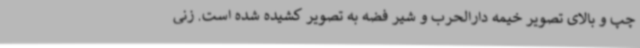
چپ و بالای تصویر خیمه دارالحرب و شیر فضه به تصویر کشیده شده است. زنی